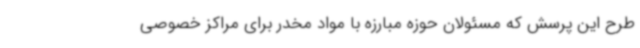
طرح این پرسش که مسئولان حوزه مبارزه با مواد مخدر برای مراکز خصوصی